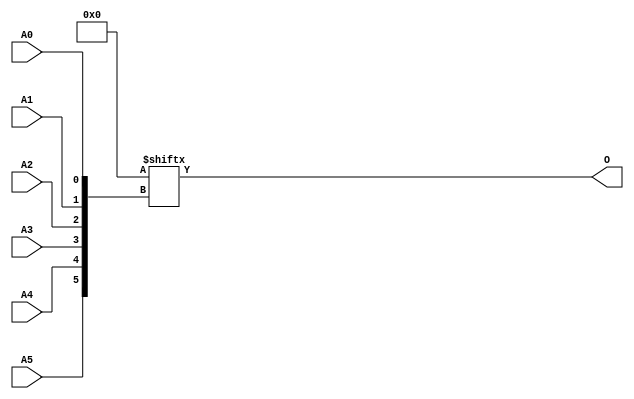
// $Header: /devl/xcs/repo/env/Databases/CAEInterfaces/xec_libs/data/unisims/ROM64X1.v,v 1.2 2007/05/02 17:18:07 vandanad Exp $

/*

FUNCTION	: ROM 64x1

*/

`celldefine
`timescale  100 ps / 10 ps

module ROM64X1 (O, A0, A1, A2, A3, A4, A5);

    parameter INIT = 64'h0000000000000000;

    output O;

    input  A0, A1, A2, A3, A4, A5;

    wire dout;
    wire [5:0] adr;

    reg mem [0:63];
    reg  [15:0] count;

    buf b0 (adr[5], A5);
    buf b1 (adr[4], A4);
    buf b2 (adr[3], A3);
    buf b3 (adr[2], A2);
    buf b4 (adr[1], A1);
    buf b5 (adr[0], A0);
    buf b6 (O, dout);

// synopsys translate_off
    initial begin
	for(count = 0; count < 64; count = count + 1)
	    mem[count] = INIT[count];
    end
// synopsys translate_on

    assign dout = INIT[adr];

endmodule